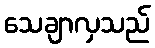
သေချာလှသည်